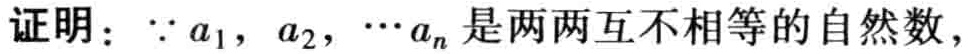
证明：\(\because a_{1},a_{2},\cdots a_{n}\)是两两互不相等的自然数，